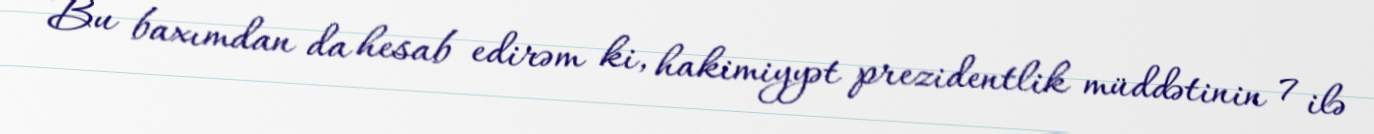
Bu baxımdan da hesab edirəm ki, hakimiyyət prezidentlik müddətinin 7 ilə